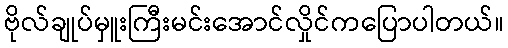
ဗိုလ်ချုပ်မှူးကြီးမင်းအောင်လှိုင်ကပြောပါတယ်။